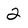
Character: 2